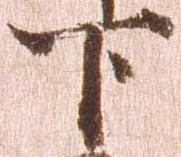
下